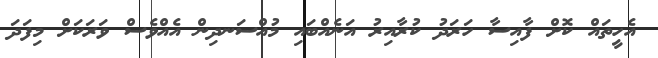
އެހީތައް ކޮށް ފާއިސާ ހަރަދު ކުރާއިރު އަނެއްބައި މުއްސަނދިން އެއްވެސް ވަރަކަށް މިފަދަ